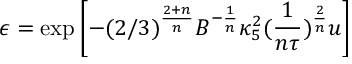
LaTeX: { \epsilon = \exp \left[ - ( 2 / 3 ) ^ { \frac { 2 + n } { n } } B ^ { - \frac { 1 } { n } } \kappa _ { 5 } ^ { 2 } ( \frac { 1 } { n \tau } ) ^ { \frac { 2 } { n } } u \right] }